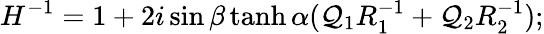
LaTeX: H^{-1}=1+2i\sin\beta\operatorname{tanh}\alpha({\cal Q}_{1}R_{1}^{-1}+{\cal Q}_{2}R_{2}^{-1});